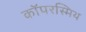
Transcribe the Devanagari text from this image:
कॉपरस्मिथ